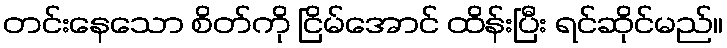
တင်းနေသော စိတ်ကို ငြိမ်အောင် ထိန်းပြီး ရင်ဆိုင်မည်။